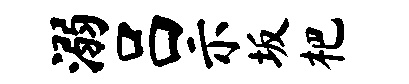
溺吕示坂杷